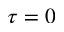
\tau = 0